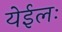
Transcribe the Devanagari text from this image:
येईलः